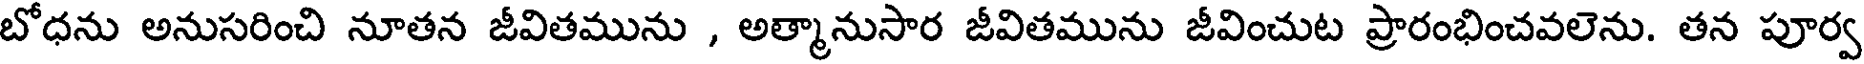
బోధను అనుసరించి నూతన జీవితమును , అత్మానుసార జీవితమును జీవించుట ప్రారంభించవలెను. తన పూర్వ